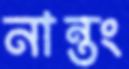
নান্তং